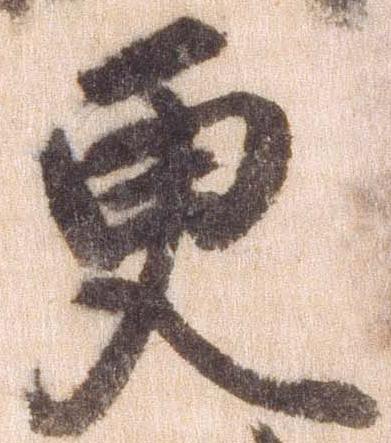
更